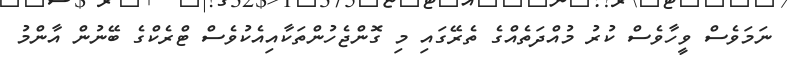
ނަމަވެސް ވީހާވެސް ކުރު މުއްދަތެއްގެ ތެރޭގައި މި ގޮންޖެހުންތަކާއިއެކުވެސް ޓްރެކްގެ ބޭނުން އާންމު